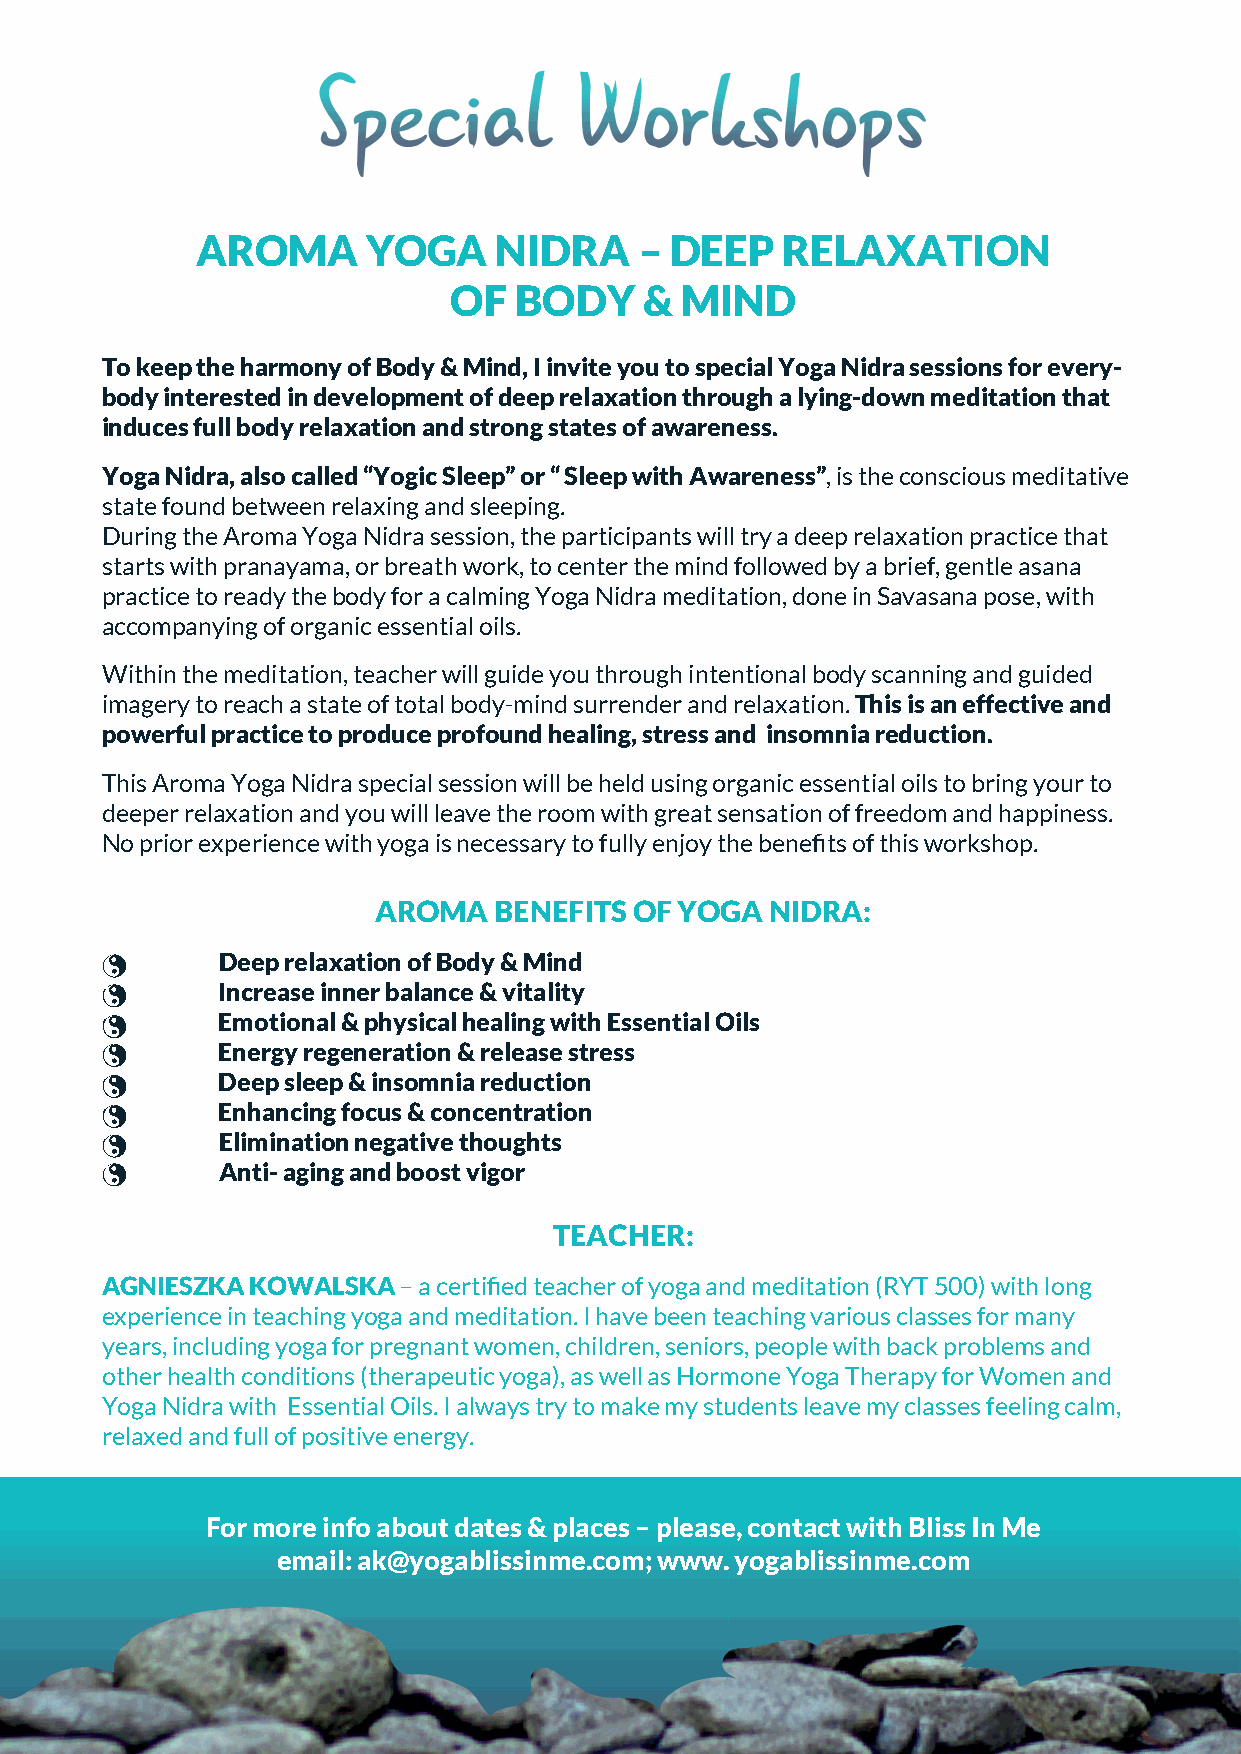
AROMA      YOGA     NIDRA    – DEEP    RELAXATION
 OF  BODY     & MIND
 To keep the harmony of Body & Mind, I invite you to special Yoga Nidra sessions for every-
 body interested in development of deep relaxation through a lying-down meditation that
 induces full body relaxation and strong states of awareness.
 Yoga Nidra, also called “Yogic Sleep” or “ Sleep with Awareness”, is the conscious meditative
 state found between relaxing and sleeping.
 During the Aroma Yoga Nidra session, the participants will try a deep relaxation practice that
 starts with pranayama, or breath work, to center the mind followed by a brief, gentle asana
 practice to ready the body for a calming Yoga Nidra meditation, done in Savasana pose, with
 accompanying of organic essential oils.
 Within the meditation, teacher will guide you through intentional body scanning and guided
 imagery to reach a state of total body-mind surrender and relaxation. This is an effective and
 powerful practice to produce profound healing, stress and insomnia reduction.
 This Aroma Yoga Nidra special session will be held using organic essential oils to bring your to
 deeper relaxation and you will leave the room with great sensation of freedom and happiness.
 No prior experience with yoga is necessary to fully enjoy the benefits of this workshop.
 AROMA   BENEFITS OF YOGA  NIDRA:
 •       Deep relaxation of Body & Mind
 •       Increase inner balance & vitality
 •       Emotional & physical healing with Essential Oils
 •       Energy regeneration & release stress
 •       Deep sleep & insomnia reduction
 •       Enhancing focus & concentration
 •       Elimination negative thoughts
 •       Anti- aging and boost vigor
 TEACHER:
 AGNIESZKA KOWALSKA – a certified teacher of yoga and meditation (RYT 500) with long
 experience in teaching yoga and meditation. I have been teaching various classes for many
 years, including yoga for pregnant women, children, seniors, people with back problems and
 other health conditions (therapeutic yoga), as well as Hormone Yoga Therapy for Women and
 Yoga Nidra with Essential Oils. I always try to make my students leave my classes feeling calm,
 relaxed and full of positive energy.
 For more info about dates & places – please, contact with Bliss In Me
 email: ak@yogablissinme.com; www. yogablissinme.com